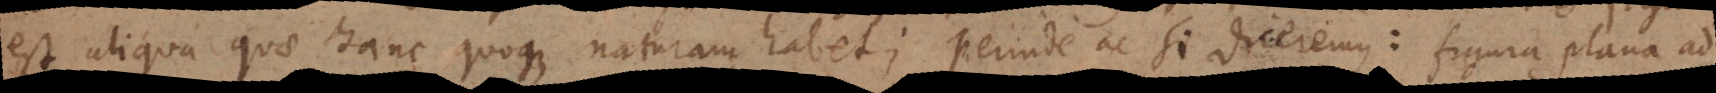
est aliqua quae hanc quoque naturam habet; perinde ac si diceremus: figura plana ad